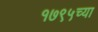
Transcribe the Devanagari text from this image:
१७९५च्या